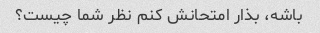
باشه، بذار امتحانش کنم نظر شما چیست؟